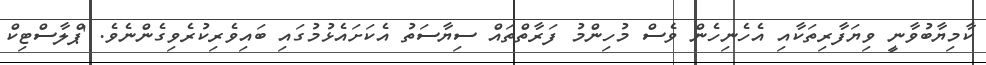
ކާމިޔާބުވާނީ ވިޔަފާރިތަކާއި އެހެނިހެން ވެސް މުހިންމު ފަރާތްތައް ސިޔާސަތު އެކަށައެޅުމުގައި ބައިވެރިކުރެވިގެންނެވެ. 'ޕްލާސްޓިކް